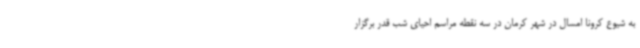
به شیوع کرونا امسال در شهر کرمان در سه نقطه مراسم احیای شب قدر برگزار